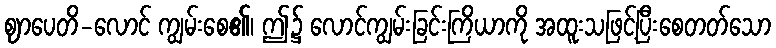
ဈာပေတိ-လောင် ကျွမ်းစေ၏၊ ဤ၌ လောင်ကျွမ်းခြင်းကြိယာကို အထူးသဖြင့်ပြီးစေတတ်သော